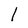
Character: l